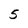
Character: 5